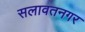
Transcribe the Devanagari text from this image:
सलावतनगर